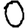
Digit: 0